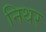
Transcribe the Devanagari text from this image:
निथर